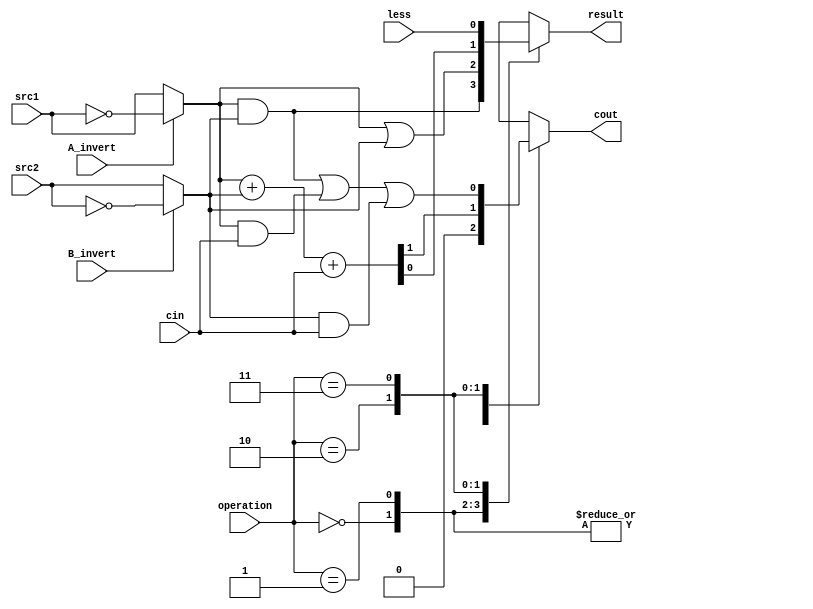
// 0516244
`timescale 1ns/1ps

module alu_top(
               src1,       //1 bit source 1 (input)
               src2,       //1 bit source 2 (input)
               less,       //1 bit less     (input)
               A_invert,   //1 bit A_invert (input)
               B_invert,   //1 bit B_invert (input)
               cin,        //1 bit carry in (input)
               operation,  //operation      (input)
               result,     //1 bit result   (output)
               cout        //1 bit carry out(output)
               );

input         src1;
input         src2;
input         less;
input         A_invert;
input         B_invert;
input         cin;
input [2-1:0] operation;

output        result;
output        cout;

reg           result;
reg           cout;


//reg
reg           a_out; 
reg           b_out;


always@(*)
begin
	a_out = src1;
	if(A_invert)
	   a_out = ~src1;
  	b_out = src2;  
	if(B_invert)
	   b_out = ~src2;
	case(operation)
	   2'b00:
	   begin
	      result = (a_out & b_out);
	      cout = 0;
	   end
	   2'b01:
	   begin
	      result = (a_out | b_out);
	      cout = 0;
	   end
	   2'b10:
	   begin
	      {cout, result} = (a_out + b_out + cin);
	   end
	   2'b11:
	   begin
	      result = less;
	      cout = (a_out & b_out) | (a_out & cin) | (b_out & cin); 
	   end 
	endcase
end

endmodule